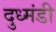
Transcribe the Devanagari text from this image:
दुध्मंडी